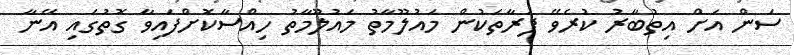
ސަން އަށް އިތުބާރު ކުރެވޭ ފަރާތަކުން މައުލޫމާތު މައުލޫމާތު ހިއްސާކޮށްފައިވާ ގޮތުގައި އޭނާ